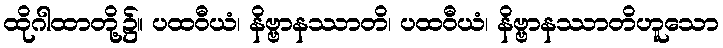
ထိုဂါထာတို့၌။ ပထဝီယံ၊ နိဗ္ဗာနဿာတိ၊ ပထဝီယံ၊ နိဗ္ဗာနဿာတိဟူသော